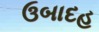
ઉબાદહ